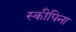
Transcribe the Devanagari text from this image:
स्कीपिना